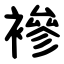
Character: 襂